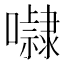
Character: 𭌚